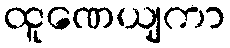
ထူဏေယျကာ